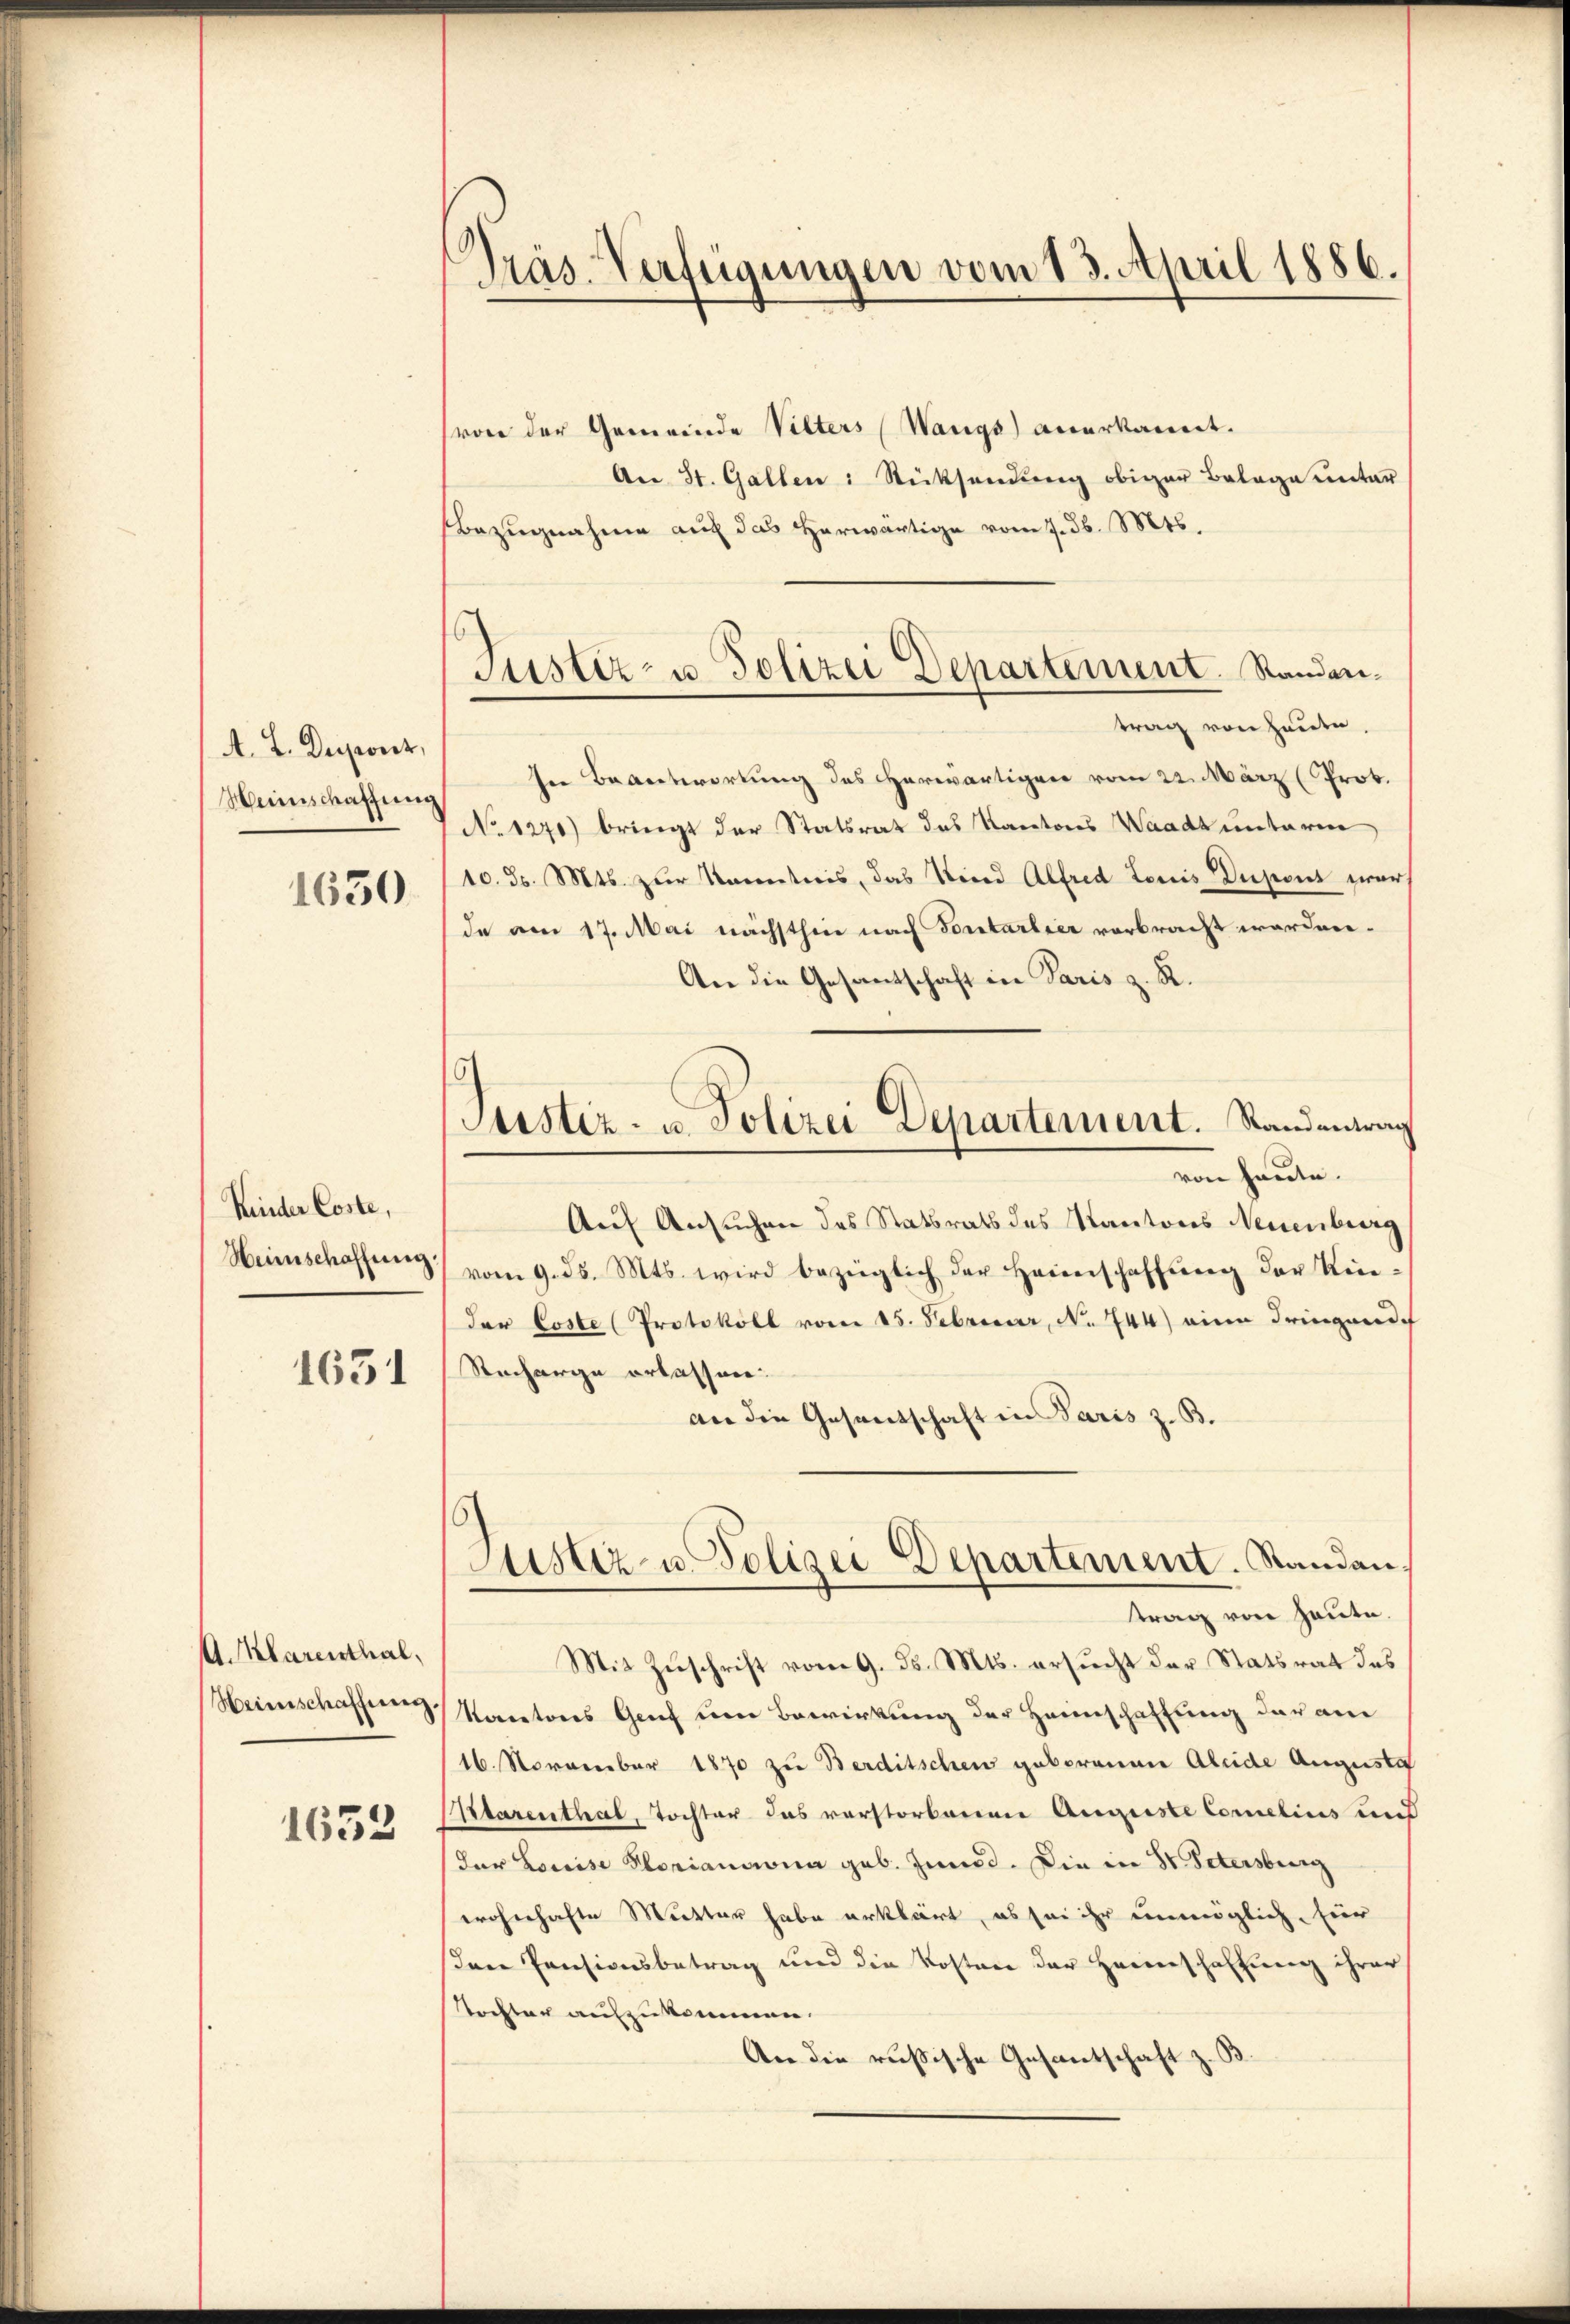
A. L. Duponz,
Weinschaffung

1630

Kinder Coste,
Heimschaffung

1631

A. Klarenthal,
Heinschaffung.

1633

Präs. Verfügungen vom 13. April 1886.

von der Gemeinde Vilters (Wangs anerkannt.
An St. Gallen: Rücksendung obiger Belage unter
Bezugnahme auf das herwärtige vom 7. ds. Mts.
trag von heute.
In Beantwortung des Herwärtigen vom 22. März (Prok.
No 1270) bringt der Statsrat das Kantons Waadt untere
10. ds. Mts. zur Kenntnis, das Sind Alfred Louis Dupons zwar,
de am 17. Mai nächsthin nach Fontarlier verbracht worden.
An die Gesantschaft in Paris z. R.
von heute.
Auf Ansuchen des Statsrats des Kantons Neuenburg
vom 9. d. Mts. wird bezüglich der Heimschaffŭng der Rei-
der Coste (Protokoll vom 15. Februar, No 744) eine dringende
Racharge ortassen.
an die Gesandschaft in Paris z. B.
6
Justiz- u. Polizei Departement. Standan
ttrag von heute.
Mit Zuschrift vom 9. d. Mts. ersucht der Statsrat das
Rantons Genf um Bewirkung der Heimschaffung daran
16. November 1870 zu Berditschen geborenen Aleide Auguste
tarenthal, Tochter das verstorbenen Auguste Comelins und
(der Louise Florianna geb. Junid. Die in St. Petersburg
wohnhafte Mutter habe erklärt, es sei ihr unmöglich, hier
den Pensionsbetrag und die Kosten der Heimschaffung ihrer
Tochter auszukommen.
An die russische Gesantschaft zus

Justiz- u. Polizei Departement. Standan¬

s
Justiz- u. Polizei Departement. Standentrag